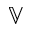
\mathbb { V }